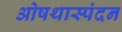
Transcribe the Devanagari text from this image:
ओषथास्पंदन